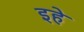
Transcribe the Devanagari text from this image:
इहे